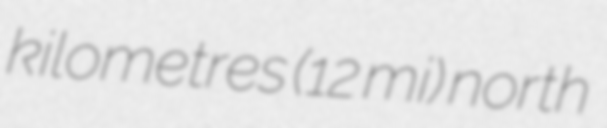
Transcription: kilometres (12 mi) north